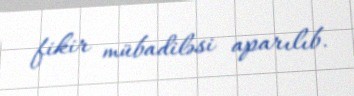
fikir mübadiləsi aparılıb.